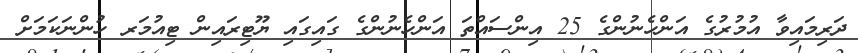
ދަރިމައިވާ އުމުރުގެ އަންހެނުންގެ 25 އިންސައްތަ އަންހެނުންގެ ގައިގައި ޔޫޓިރައިން ޓިއުމަރ ހުންނަކަމަށް